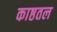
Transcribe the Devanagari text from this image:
काष्ठतल